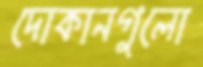
দোকানগুলো